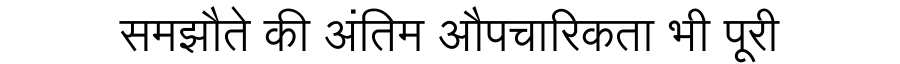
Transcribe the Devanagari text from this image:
समझौते की अंतिम औपचारिकता भी पूरी